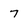
Character: 7